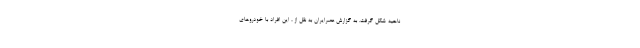
ناحیه شکل گرفت. به گزارش عصرایران به نقل از ، این افراد با خودروهای